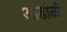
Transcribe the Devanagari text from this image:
आडाळी